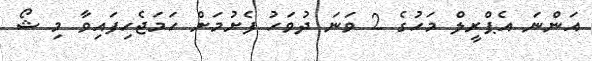
އަންނަ އެޕްރީލް މަހުގެ 2 ވަނަ ދުވަހު ފެށުމަށް ހަމަޖެހިފައިވާ މި ޝޯ